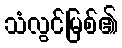
သံလွင်မြစ်၏